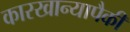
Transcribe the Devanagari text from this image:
कारखान्यापैकी